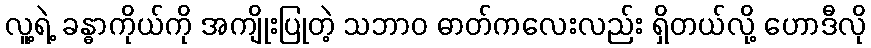
လူ့ရဲ့ ခန္ဓာကိုယ်ကို အကျိုးပြုတဲ့ သဘာဝ ဓာတ်ကလေးလည်း ရှိတယ်လို့ ဟောဒီလို